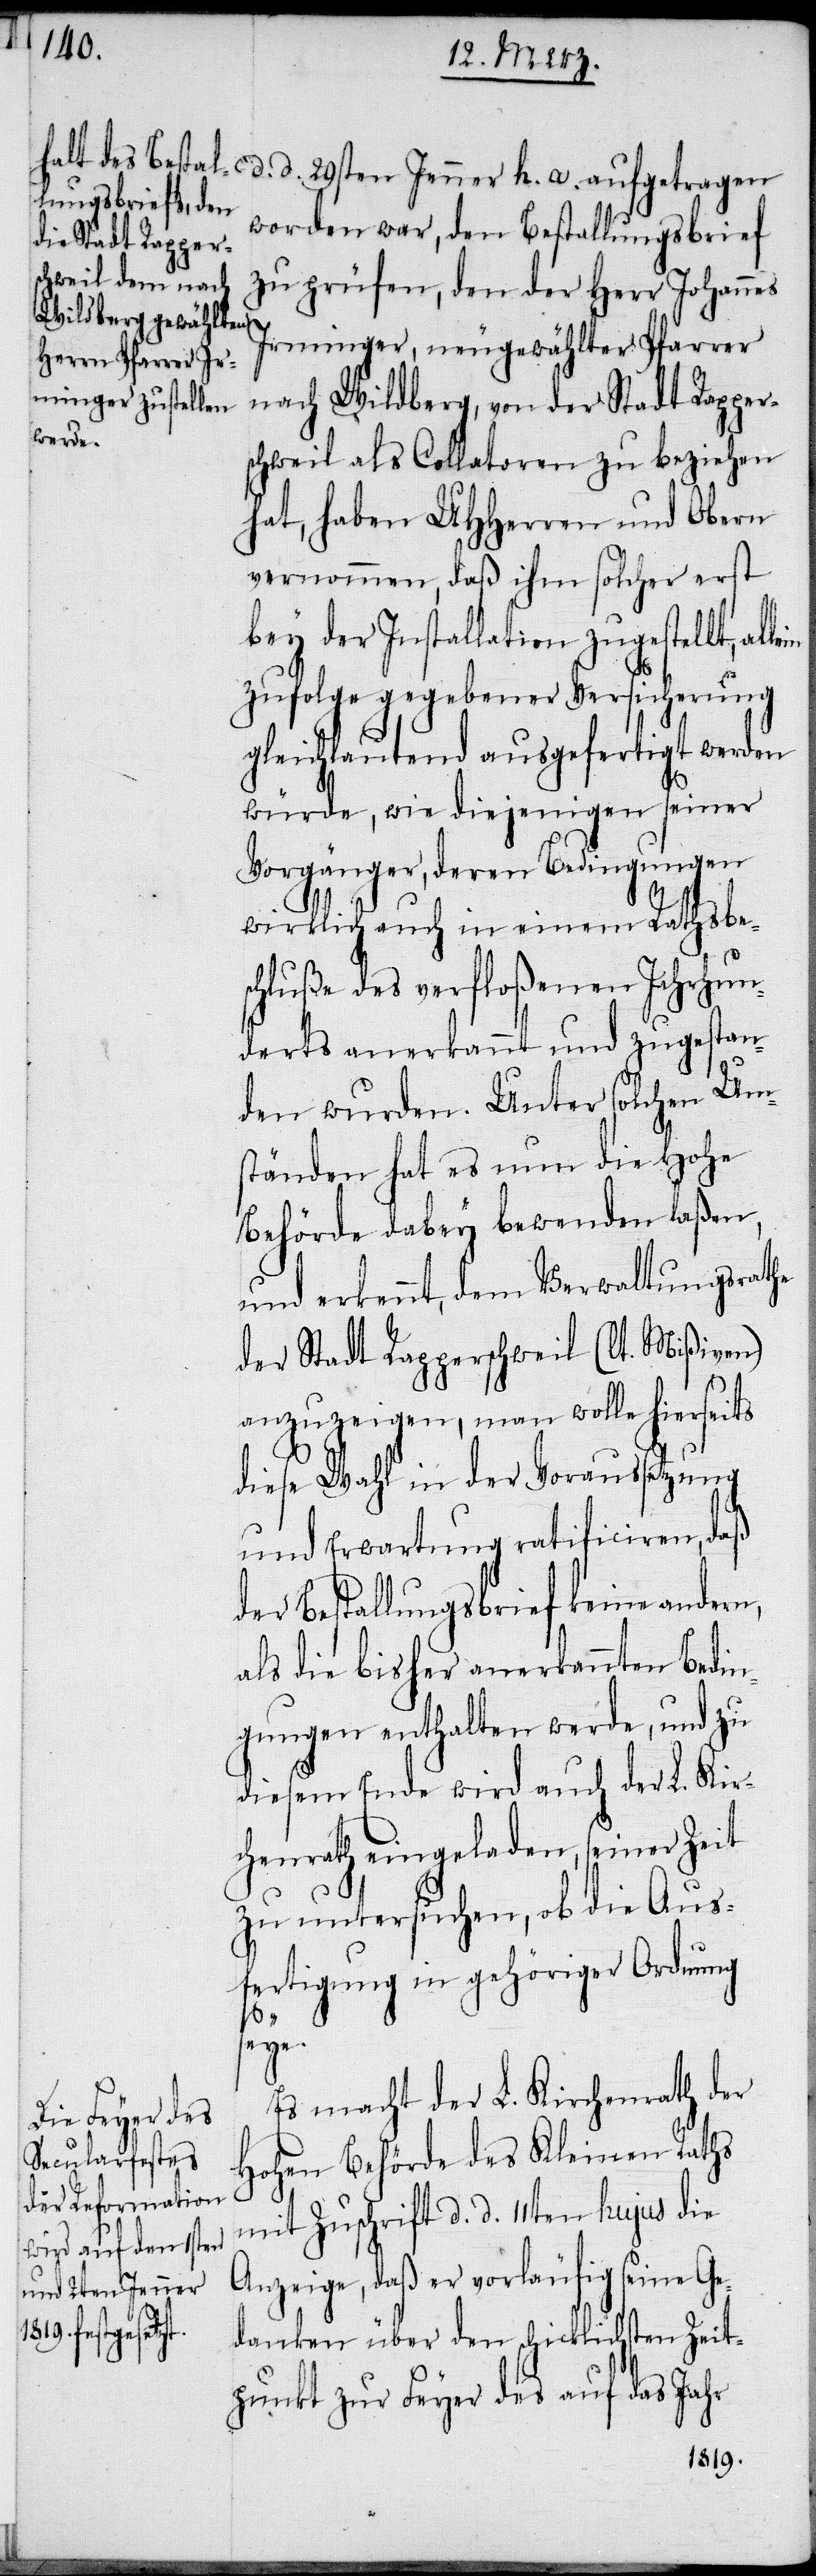
worden war, den Bestallungsbrief
zu prüfen, den der Herr Johannes
Irminger, neugewählter Pfarrer
nach Wildberg, von der Stadt Rapper¬
schweil als Collatoren zu beziehen
hat, haben UHHerren und Obern
vernommen, daß ihm solcher erst
bey der Installation zugestellt,
zufolge gegebener Versicherung
gleichlautend ausgefertigt werden
würde, wie diejenigen seiner
Vorgänger, deren Bedingungen
wirklich auch in einem Rathsbe¬
schluße des verfloßenen Jahrhun¬
derts anerkannt und zugestan¬
den wurden. Unter solchen Um¬
ständen hat es nun die Hohe
Behörde dabey bewenden laßen,
und erkennt, dem Verwaltungsrathe
der Stadt Rapperschweil (lt. Mißiven)
anzuzeigen, man wolle hierseits
diese Wahl in der Voraussetzung
und Erwartung ratificiren, daß
der Bestallungsbrief keine andern,
als die bisher anerkannten Bedin¬
gungen enthalten werde, und zu
diesem Ende wird auch der L. Kir¬
chenrath eingeladen, seiner Zeit
zu untersuchen, ob die Aus¬
fertigung in gehöriger Ordnung
seye.
Es macht der L. Kirchenrath der
Hohen Behörde des Kleinen Raths
mit Zuschrift d. d. 11ten hujus die
Anzeige, daß er vorläufig seine Ge¬
d. 29sten Jenner
a. aufget¬
danken über den schicklichsten Zeit¬
punkt zur Feyer des auf das Jahr